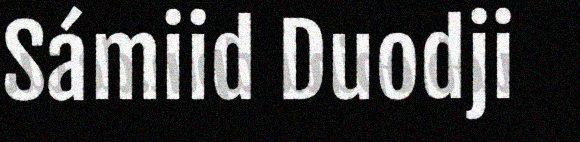
Sámiid Duodji